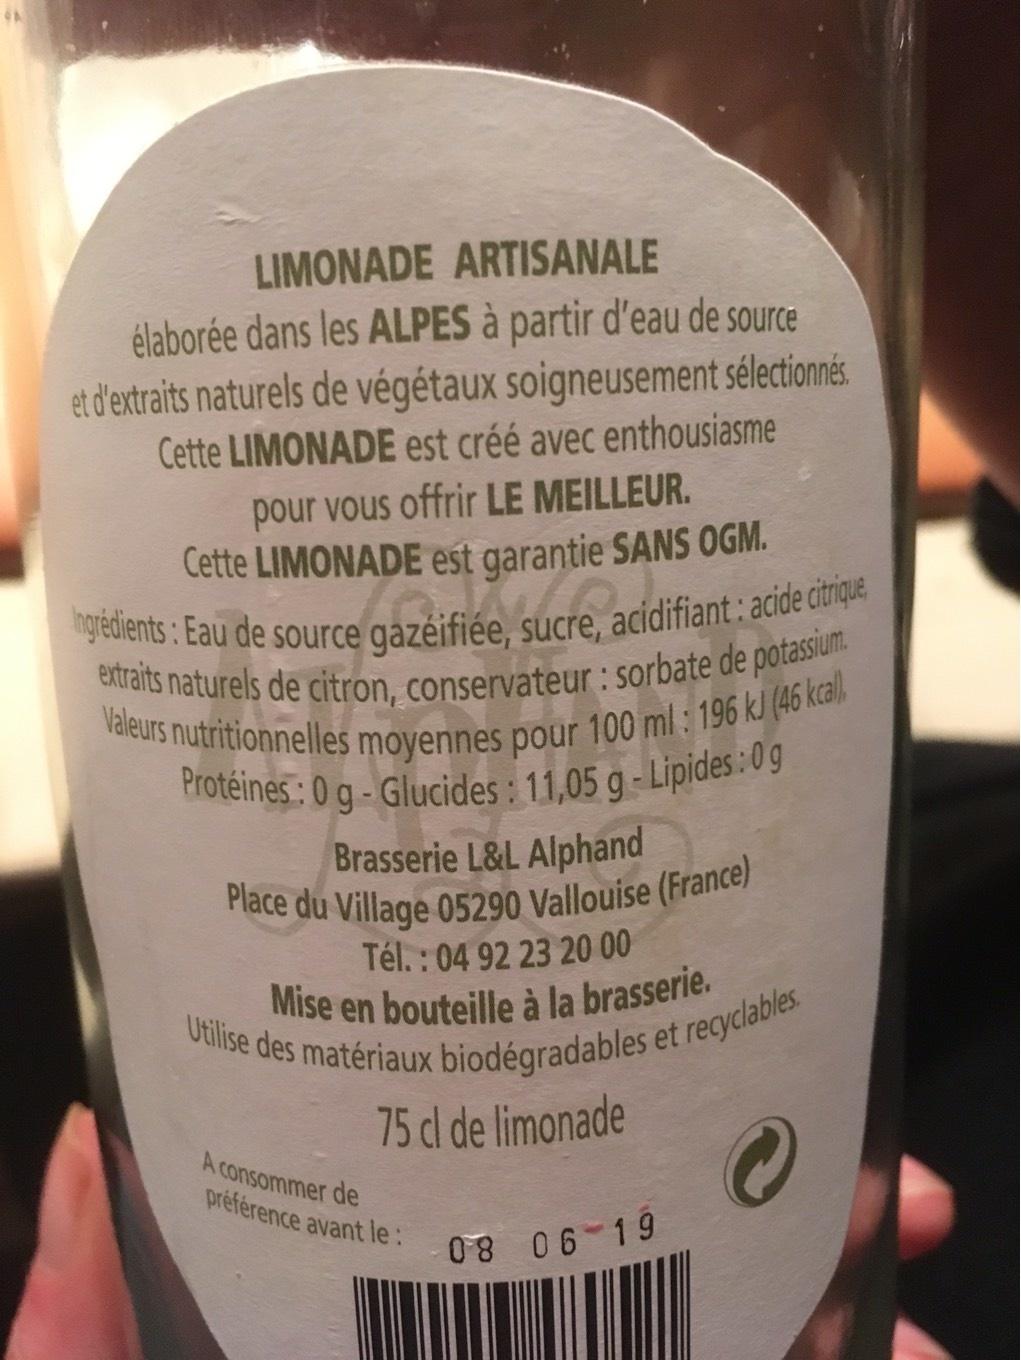
LIMONADE ARTISANALE
élaborée dans les ALPES à partir d'eau de source et d'extraits naturels de végétaux soigneusement sélectionnés. Cette LIMONADE est créé avec enthousiasme
pour vous offrir LE MEILLEUR.
Cette LIMONADE est garantie SANS OGM.
Ingredients: Eau de source gazéifiée, sucre, acidifiant: acide citrique extraits naturels de citron, conservateur: sorbate de potassium
Valeurs nutritionnelles moyennes pour 100 ml: 196 kJ (46 kcal Protéines:0 g-Glucides: 11,05 g - Lipides:0g
Brasserie L&L Alphand
Place du Village 05290 Vallouise (France)
Tél. : 04 92 23 20 00
Mise en bouteille à la brasserie.
Utilise des matériaux biodégradables et recyclables
75 cl de limonade
O
A consommer de
préférence avant le: 08 06-19